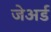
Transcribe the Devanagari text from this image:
जेअर्ड